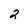
Character: 2